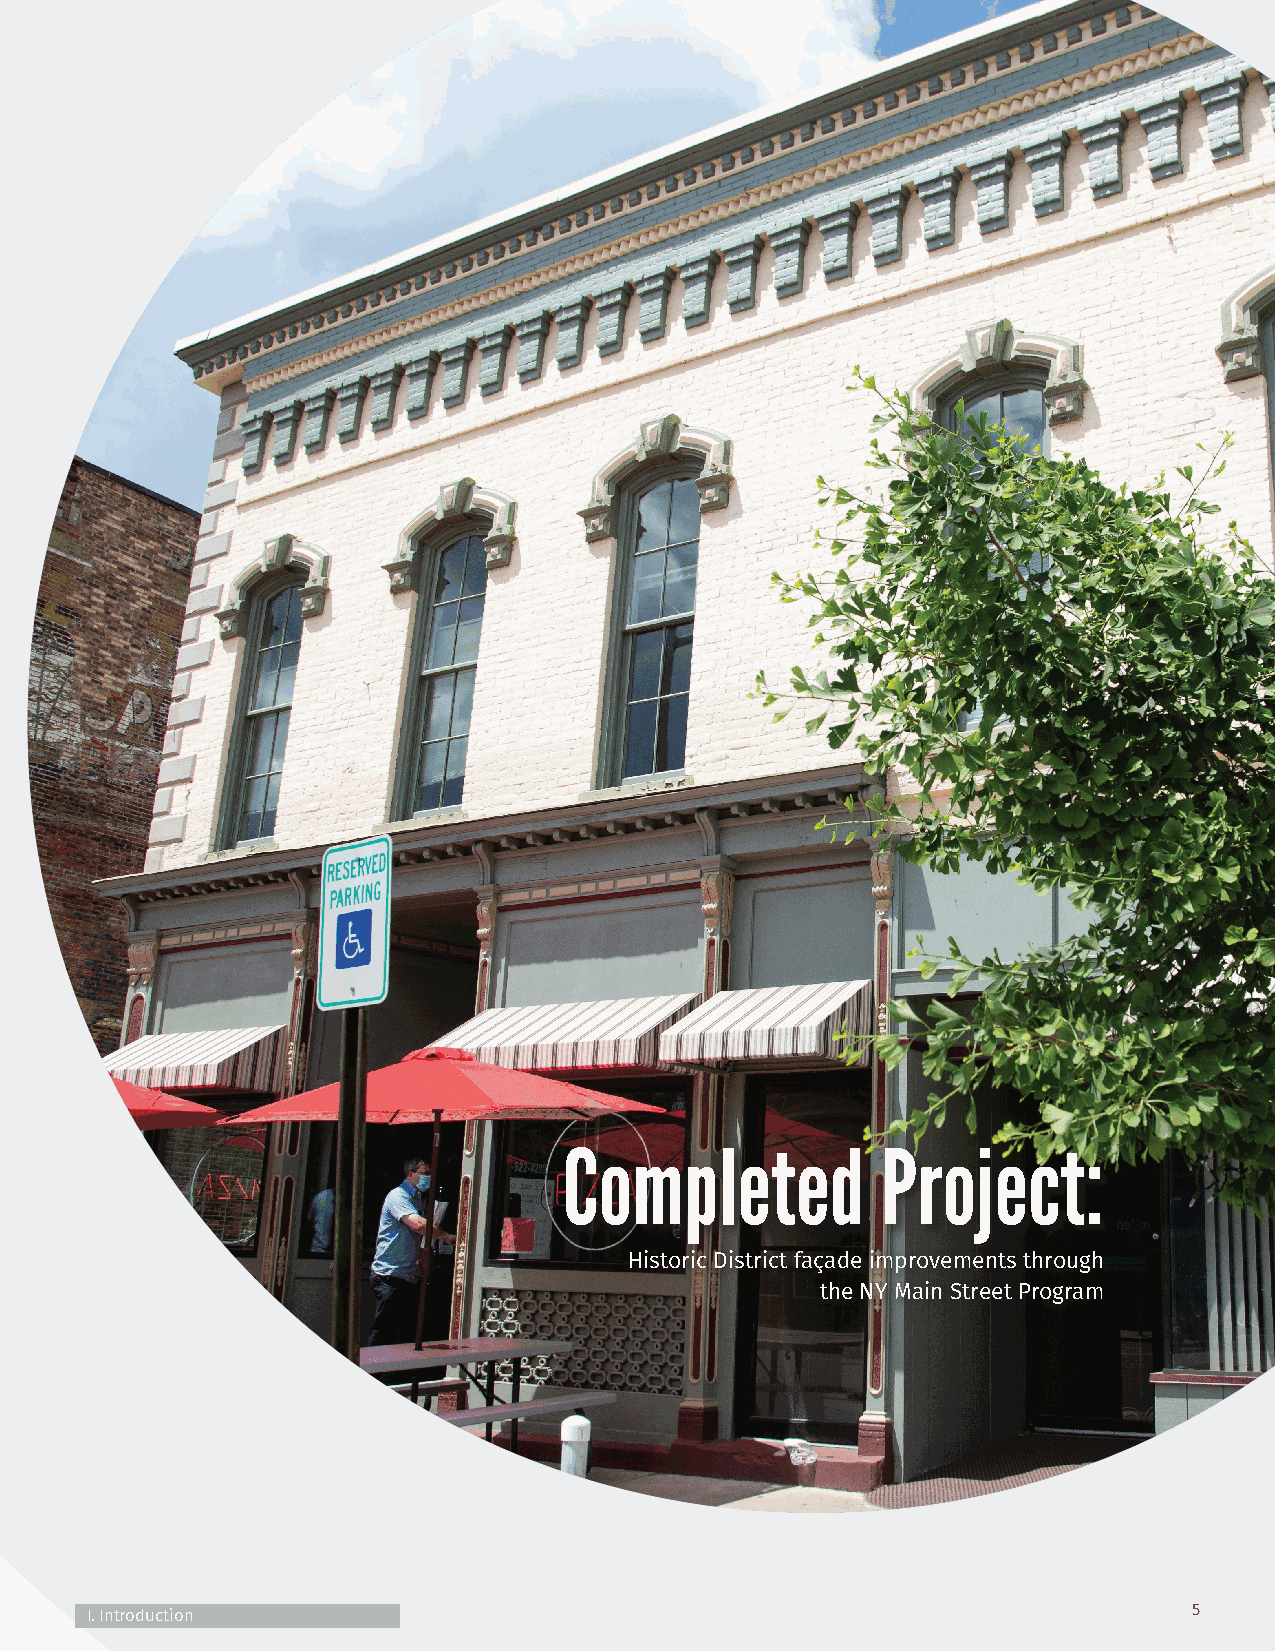
Completed            Project:
 Historic District façade improvements through
 the NY Main Street Program
 I. Introduction                                                          55